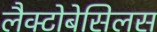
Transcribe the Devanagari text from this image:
लैक्टोबेसिलस